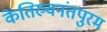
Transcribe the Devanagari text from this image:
केतिरुवनंतपुरम